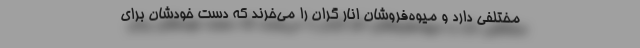
مختلفی دارد و میوه‌فروشان انار گران را می‌خرند که دست خودشان برای